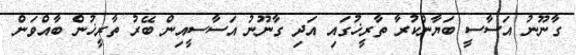
ގާނޫނު އަސާސީ ބަޔާންކުރާ ތާރީޚުގައި އަދި ގާނޫނު އަސާސީއިން ބޭރު ތާރީޚުން ބާއްވަން